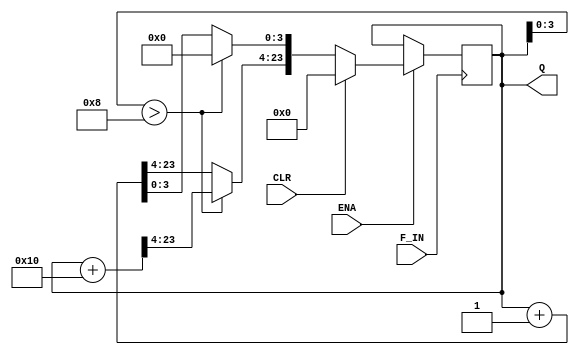
module counter6bit_test(ENA,CLR,F_IN,Q);
    input ENA;
    input CLR;
    input F_IN;
    output [23:0] Q;  
    
   
    reg [23:0] Q;
    reg F_OUT;
    


		

always @(posedge F_IN)
begin
if(ENA==1)
begin
if(Q[3:0]>8) 
begin
Q=Q+24'b000000000000000000010000;
Q[3:0]=4'b0000;
end
else
Q=Q+24'b000000000000000000000001;
if(CLR == 1)
Q=24'b000000000000000000000000;
end



		


  end
  endmodule